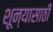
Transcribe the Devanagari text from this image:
शून्यासाठी